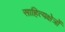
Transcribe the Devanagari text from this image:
साहित्यक्षेत्रों